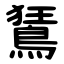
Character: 鵟